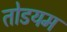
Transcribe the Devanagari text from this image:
तोडयम